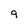
Character: 9